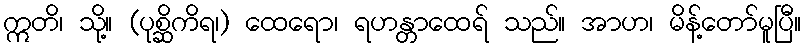
ဣတိ၊ သို့။ (ပုစ္ဆိကိရ၊) ထေရော၊ ရဟန္တာထေရ် သည်။ အာဟ၊ မိန့်တော်မူပြီ။